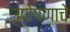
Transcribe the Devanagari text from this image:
उपोषणाचे